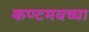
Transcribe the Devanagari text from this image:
कण्टमवच्चा